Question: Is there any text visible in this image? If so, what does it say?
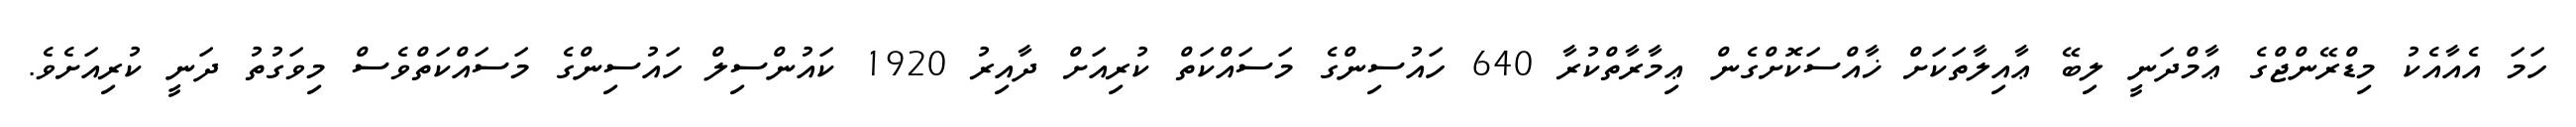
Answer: ހަމަ އެއާއެކު މިޑްރޭންޖްގެ ޢާމްދަނީ ލިބޭ ޢާއިލާތަކަށް ޚާއްސަކޮށްގެން ޢިމާރާތްކުރާ 640 ހައުސިންގެ މަސައްކަތް ކުރިއަށް ދާއިރު 1920 ކައުންސިލް ހައުސިންގެ މަސައްކަތްވެސް މިވަގުތު ދަނީ ކުރިއަށެވެ.